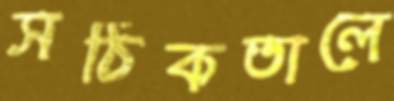
সঠিকতালে